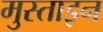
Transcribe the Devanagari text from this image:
मुस्ताइन